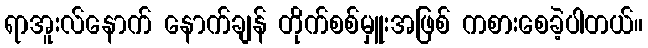
ရာအူးလ်နောက် နောက်ချန် တိုက်စစ်မှူးအဖြစ် ကစားစေခဲ့ပါတယ်။